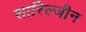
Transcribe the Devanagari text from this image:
शारिल्जीन